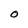
Character: O